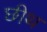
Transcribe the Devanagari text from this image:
छीथ